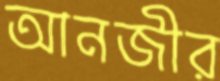
আনজীর